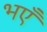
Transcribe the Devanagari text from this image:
भएँ